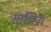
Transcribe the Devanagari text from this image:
साभिप्रय